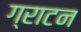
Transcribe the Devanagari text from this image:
ग्राटन